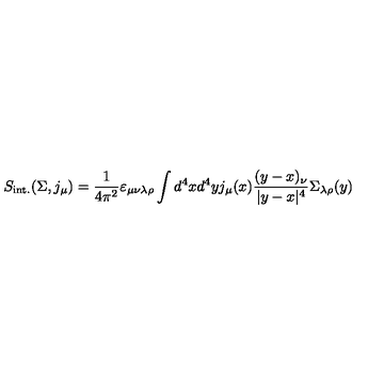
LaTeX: S _ { \mathrm { i n t . } } ( \Sigma , j _ { \mu } ) = \frac { 1 } { 4 \pi ^ { 2 } } \varepsilon _ { \mu \nu \lambda \rho } \int d ^ { 4 } x d ^ { 4 } y j _ { \mu } ( x ) \frac { ( y - x ) _ { \nu } } { | y - x | ^ { 4 } } \Sigma _ { \lambda \rho } ( y )